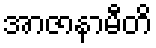
အာဇာနာမီတိ